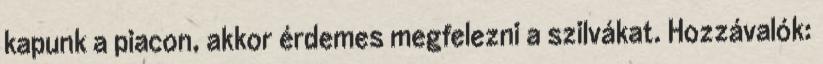
kapunk a piacon, akkor érdemes megfelezni a szilvákat. Hozzávalók: